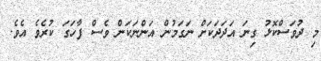
މި ދުވަސްކޮޅު ގިނަ އަދަދަަކަށް ނަގަމުން އަންނަކަން ވެސް ފާހަގަ ކުރެވެ އެވެ.